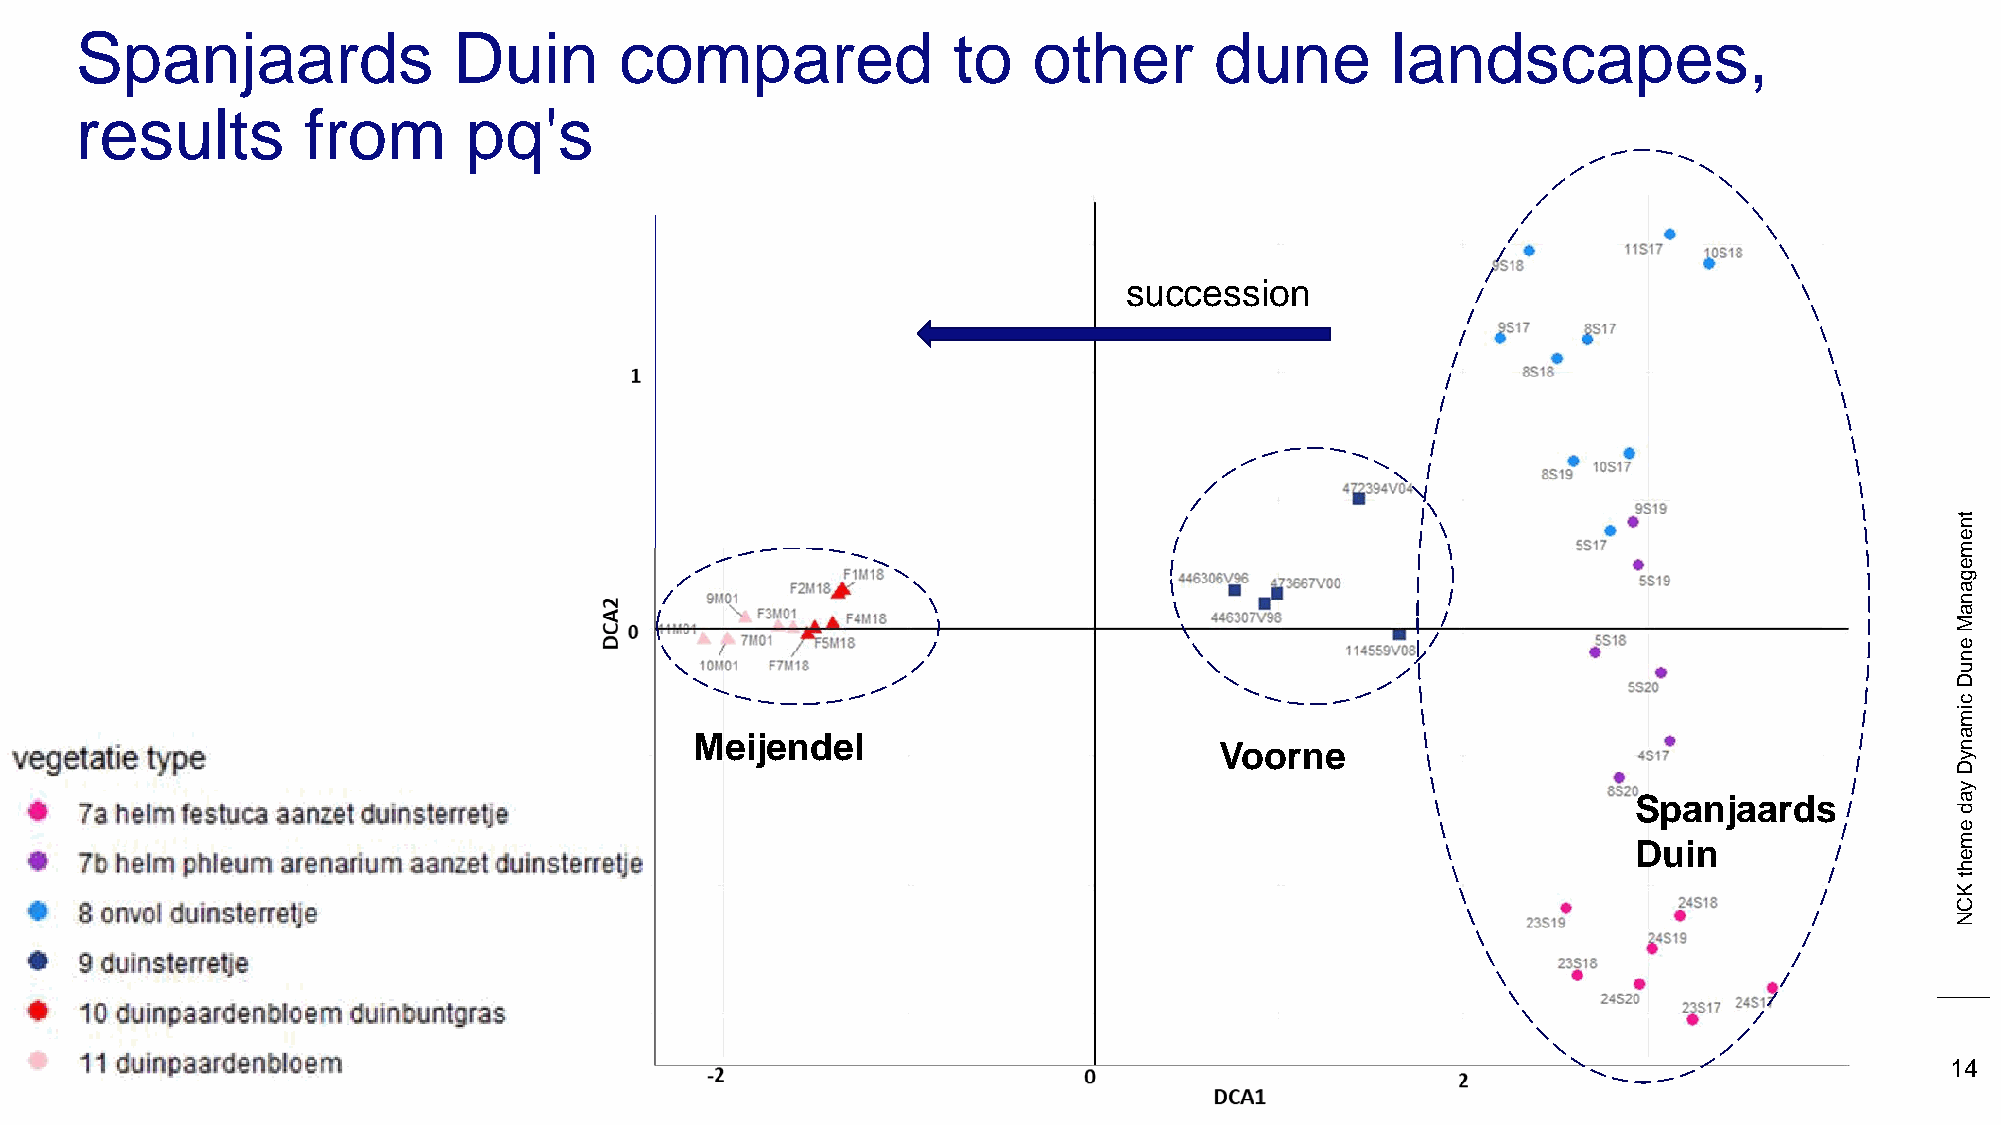
Spanjaards               Duin       compared              to   other       dune        landscapes,
 results        from       pq's
 succession
 tn
 e
 m
 e
 g
 a
 n
 a
 M
 e
 n
 u
 D
 c
 im
 Meijendel                                                                          a
 Voorne                                          n
 y
 D
 y
 Spanjaards           a
 d
 e
 m
 Duin
 e
 h
 t
 K
 C
 N
 14